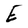
Character: E